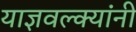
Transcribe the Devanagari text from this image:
याज्ञवल्क्यांनी